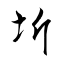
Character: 圻